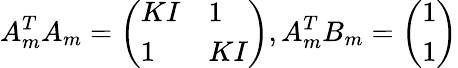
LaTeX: A_{m}^{T}A_{m}=\left(\begin{array}{ll}{KI}&{1}\\ {1}&{KI}\end{array}\right),A_{m}^{T}B_{m}=\left(\begin{array}{l}{1}\\ {1}\end{array}\right)